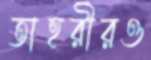
তাহরীরও